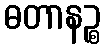
ဓတာနဉ္စ